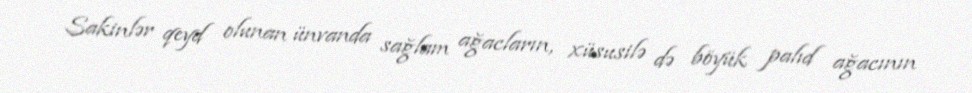
Sakinlər qeyd olunan ünvanda sağlam ağacların, xüsusilə də böyük palıd ağacının